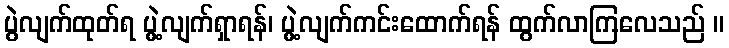
ပွဲလျက်ထုတ်ရ ပွဲ့လျက်ရှာရန်၊ ပွဲ့လျက်ကင်းထောက်ရန် ထွက်လာကြလေသည် ။